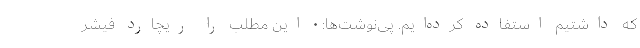
که داشتیم استفاده کرده‌ایم. پی‌نوشت‌ها: • این مطلب را ریچارد فیشر